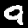
Digit: 9